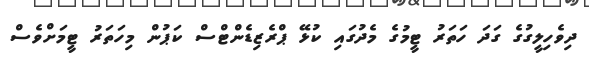
ދިވެހިލީގުގެ ގަދަ ހަތަރު ޓީމުގެ މެދުގައި ކުޅޭ ޕްރެޒިޑެންޓްސް ކަޕުން މިހަތަރު ޓީމަށްވެސް